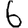
Digit: 6